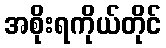
အစိုးရကိုယ်တိုင်